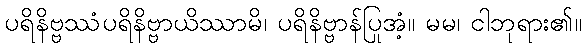
ပရိနိဗ္ဗဿံပရိနိဗ္ဗာယိဿာမိ၊ ပရိနိဗ္ဗာန်ပြုအံ့။ မမ၊ ငါဘုရား၏။